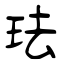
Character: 珐